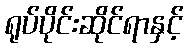
ရုပ်ပိုင်းဆိုင်ရာနှင့်